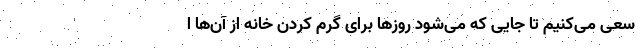
سعی می‌کنیم تا جایی که می‌شود روزها برای گرم کردن خانه از آن‌ها ا